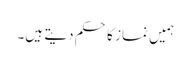
ہمیں نماز کا حکم دیتے ہیں۔